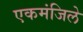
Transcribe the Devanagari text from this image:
एकमंजिले